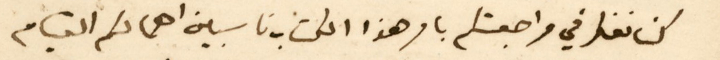
كنا نفكر في مراجعتكم بامر هذا الكتاب ناسبين اهمالكم القيام